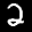
Label: 2